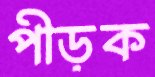
পীড়ক